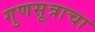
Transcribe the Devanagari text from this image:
गुणसूत्राचा